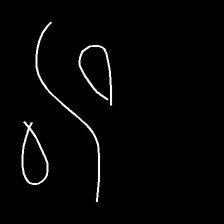
Glyph: water